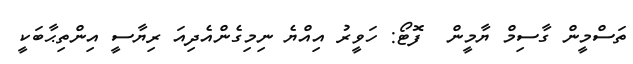
ތަސްމީން ގާސިމް ޔާމީން  ފޮޓޯ: ހަވީރު އިއްޔެ ނިމިގެންއެދިއަ ރިޔާސީ އިންތިޙާބަކީ